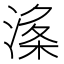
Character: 𱧘